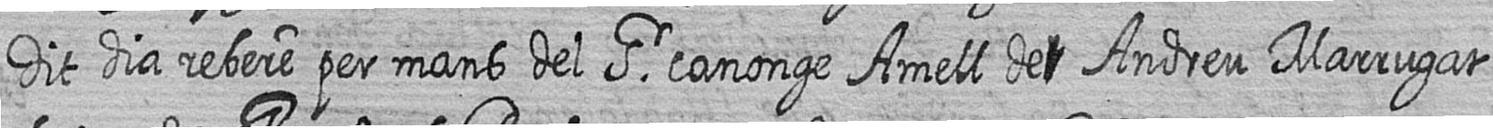
Dit dia rebere per mans del Sr canonge Amell de# Andreu Marrugat